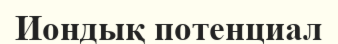
Иондық потенциал